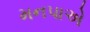
મનપાએ